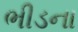
ભીડના